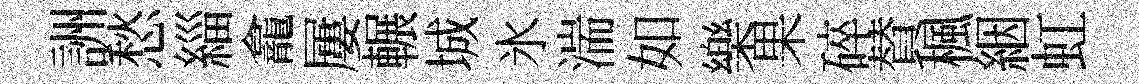
詶愁緇龕屢輾城氷湍如樂果碎賛楓絪虹